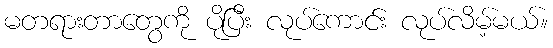
မတရားတာတွေကို ပိုပြီး လုပ်ကောင်း လုပ်လိမ့်မယ်။